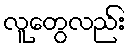
လူတွေလည်း